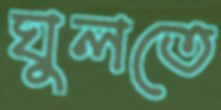
ঘুলতে